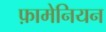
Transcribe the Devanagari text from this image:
फ़ामेनियन